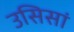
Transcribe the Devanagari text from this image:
उसिसां